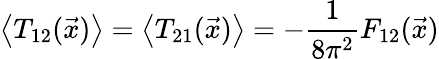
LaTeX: \left\langle T_{12}(\vec{x})\right\rangle=\left\langle T_{21}(\vec{x})\right\rangle=-\frac{1}{8\pi^{2}}F_{12}(\vec{x})